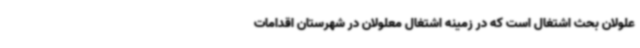
علولان بحث اشتغال است که در زمینه اشتغال معلولان در شهرستان اقدامات